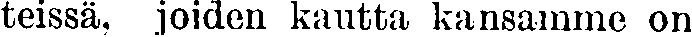
teissä, joiden kautta kansamme on